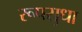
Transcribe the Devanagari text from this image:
रूपसुधा